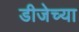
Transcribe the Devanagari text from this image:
डीजेच्या